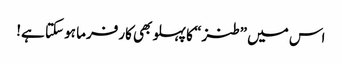
اس میں ”طنز“ کا پہلو بھی کارفرما ہو سکتا ہے!